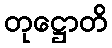
တုဋ္ဌောတိ